Scottish Leaving Certificate Examination, 1958
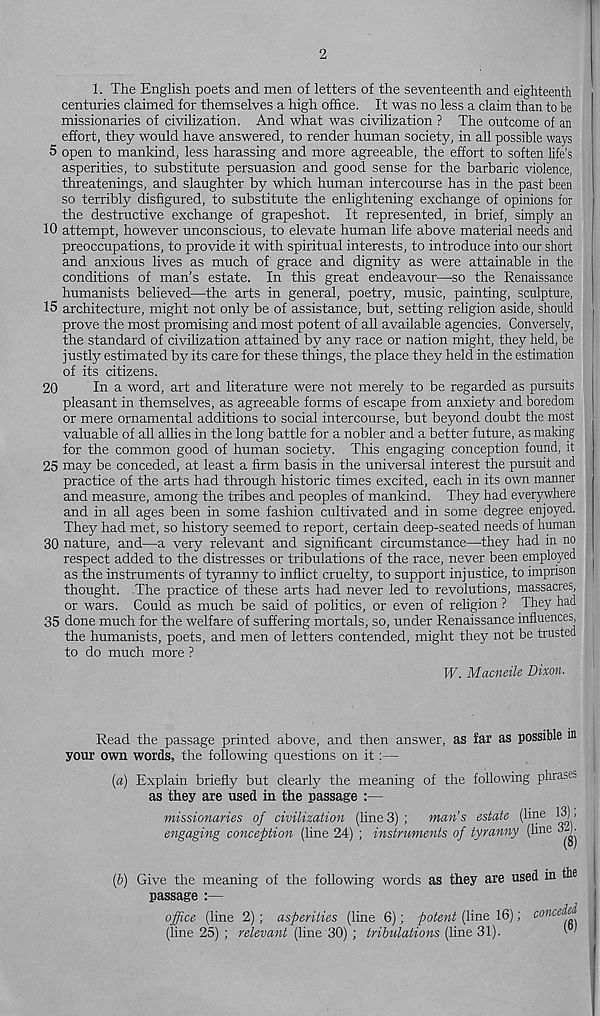
2
1. The English poets and men of letters of the seventeenth and eighteenth
centuries claimed for themselves a high office. It was no less a claim than to be
missionaries of civilization. And what was civilization ? The outcome of an
effort, they would have answered, to render human society, in all possible ways
5 open to mankind, less harassing and more agreeable, the effort to soften life’s
asperities, to substitute persuasion and good sense for the barbaric violence,
threatenings, and slaughter by which human intercourse has in the past been
so terribly disfigured, to substitute the enlightening exchange of opinions for
the destructive exchange of grapeshot. It represented, in brief, simply an
10 attempt, however unconscious, to elevate human life above material needs and
preoccupations, to provide it with spiritual interests, to introduce into our short
and anxious lives as much of grace and dignity as were attainable in the
conditions of man’s estate. In this great endeavour—so the Renaissance
humanists believed—the arts in general, poetry, music, painting, sculpture,
15 architecture, might not only be of assistance, but, setting religion aside, should
prove the most promising and most potent of all available agencies. Conversely,
the standard of civilization attained by any race or nation might, they held, be
justly estimated by its care for these things, the place they held in the estimation
of its citizens.
20
In a word, art and literature were not merely to be regarded as pursuits
pleasant in themselves, as agreeable forms of escape from anxiety and boredom
or mere ornamental additions to social intercourse, but beyond doubt the most
valuable of all allies in the long battle for a nobler and a better future, as making
for the common good of human society. This engaging conception found, it
25 may be conceded, at least a firm basis in the universal interest the pursuit and
practice of the arts had through historic times excited, each in its own manner
and measure, among the tribes and peoples of mankind. They had everywhere
and in all ages been in some fashion cultivated and in some degree enjoyed.
They had met, so history seemed to report, certain deep-seated needs of human
30 nature, and—a very relevant and significant circumstance—they had in no
respect added to the distresses or tribulations of the race, never been emplo^^ed
as the instruments of tyranny to inflict cruelty, to support injustice, to imprison
thought. The practice of these arts had never led to revolutions, massacres,
or wars. Could as much be said of politics, or even of religion ? They had
35 done much for the welfare of suffering mortals, so, under Renaissance influences,
the humanists, poets, and men of letters contended, might they not be trusted
to do much more ?
W. Macneile Dixon.
Read the passage printed above, and then answer, as far as possible m
your own words, the following questions on it:—
(a) Explain briefly but clearly the meaning of the following phrases
as they are used in the passage :—
missionaries of civilization (line3) ; man’s estate (line 13)'
engaging conception (line 24) ; instruments of tyranny (line
(b) Give the meaning of the following words as they are used in the
passage :—
office (line 2); asperities (line 6); potent (line 16); concedd
(line 25) ; re.levant (line 30) ; tribulations (line 31).
I 1